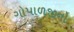
ગોપાળજીનો